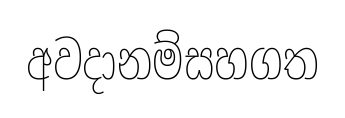
අවදානම්සහගත